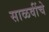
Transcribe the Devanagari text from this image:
साळवींचे